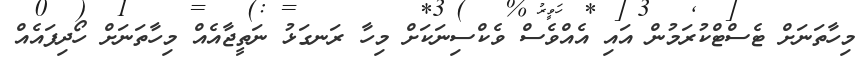
މިހާތަނަށް ޓެސްޓްކުރަމުން އައި އެއްވެސް ވެކްސިނަކަށް މިހާ ރަނގަޅު ނަތީޖާއެއް މިހާތަނަށް ހޯދިފައެއް